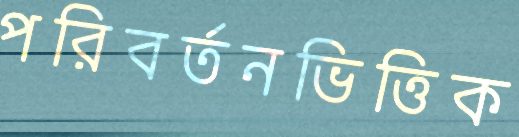
পরিবর্তনভিত্তিক